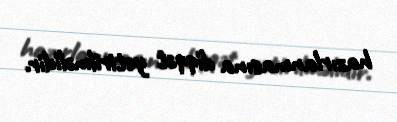
hazırlanmasına diqqət yetirilməlidir.